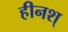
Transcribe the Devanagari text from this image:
हीनश्